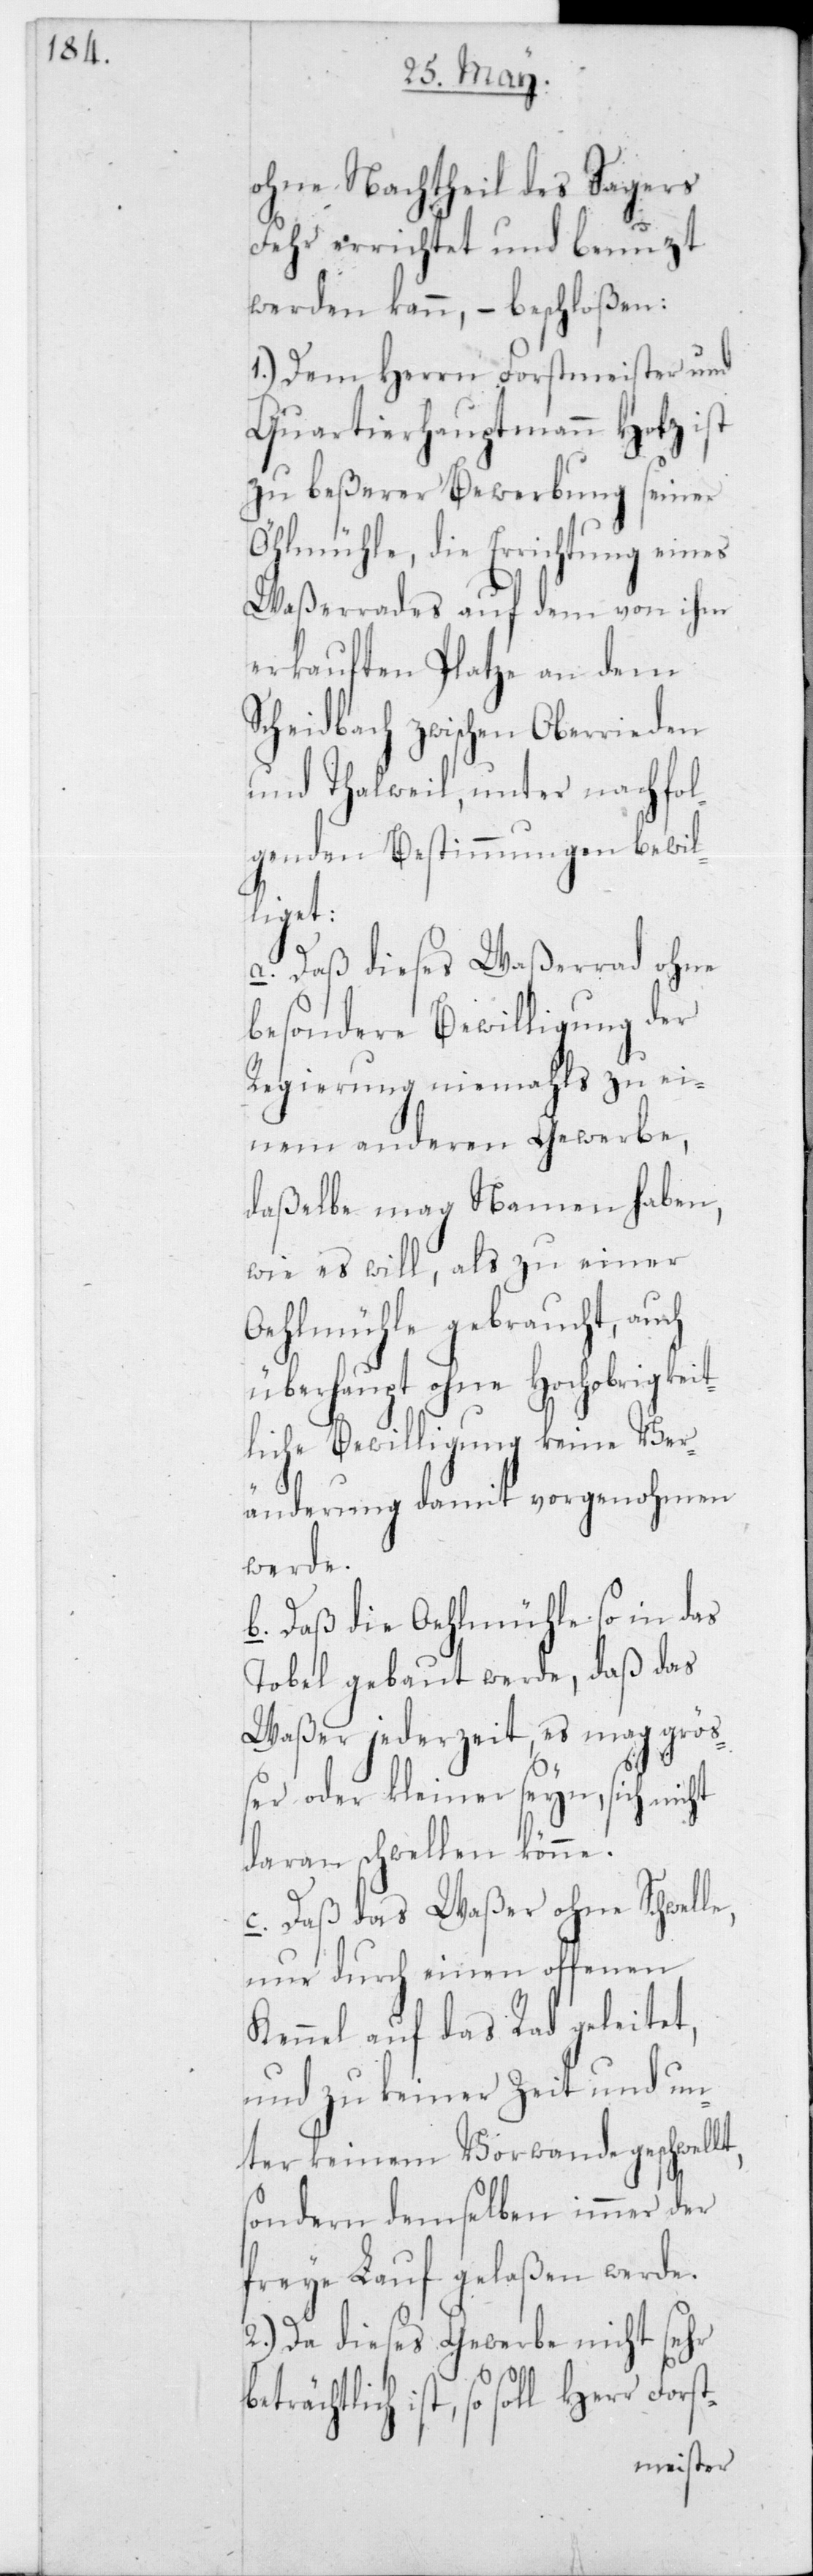
ohne Nachtheil des Sagers
Fehr errichtet und benutzt
werden kann, – beschloßen:
1.) Dem Herrn Forstmeister und
Quartierhauptmann Hotz ist
zu beßerer Bewerbung seiner
Öhlmühle, die Errichtung eines
Waßerrades auf dem von ihm
erkauften Platze an dem
Scheidbach zwischen Oberrieden
und Thalweil, unter nachfol¬
genden Bestimmungen bewil¬
Herr
a. daß dieses Waßerrad ohne
besondere Bewilligung der
Regierung niemahls zu ei¬
nem anderen Gewerbe,
daßelbe mag Namen haben,
wie es will, als zu einer
Oehllmühle gebraucht, auch
überhaupt ohne hochobrigkeit¬
liche Bewilligung keine Ver¬
t,
änderung damit vorgenohmen
werde.
b. daß die Oehllmühle so in das
Tobel gebaut werde, daß das
Waßer jederzeit, es mag grö¬
ßer oder kleiner seyn, sich nicht
daran schwellen könne.
c. daß das Waßer ohne Schwel¬
nur durch einen offenen
Kennel auf das Rad geleitet,
und zu keiner Zeit und un¬
ter keinem Vorwande geschwell¬
sondern demselben immer der
freye Lauf gelaßen werde.
2.) Da dieses Gewerbe nicht sehr